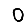
Digit: 0